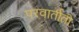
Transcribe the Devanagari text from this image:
परवार्तीती